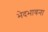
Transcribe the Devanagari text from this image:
भेदभावना